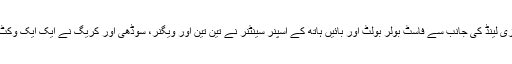
نیو زی لینڈ کی جانب سے فاسٹ بولر بولٹ اور بائیں ہاتھ کے اسپنر سینٹنر نے تین تین اور ویگنر، سوڈھی اور کریگ نے ایک ایک وکٹ لی۔